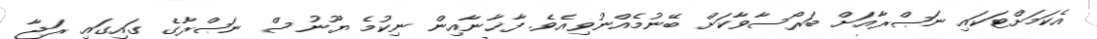
އެކަމަށްޓަކައި ނަޞްރާއަށް ބަރޯސާވާކަށް ބޭނުމެއްނުވިއެވެ. ފާޚާނާއިން ނިކުމެ ޔޫނުސް ނަޞްރާގެ ގައިގައި ރަޖާ